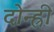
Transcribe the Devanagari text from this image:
दोन्ह्री